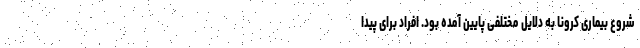
شروع بیماری کرونا به دلایل مختلفی پایین آمده بود. افراد برای پیدا